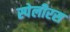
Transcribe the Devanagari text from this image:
स्पेलीरस